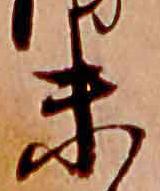
末